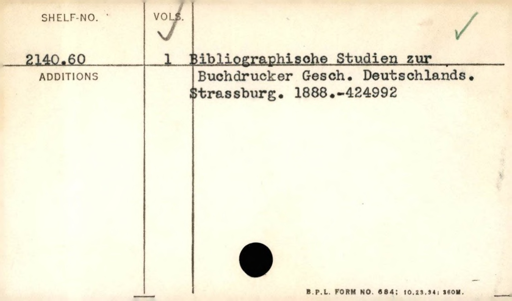
Label: content